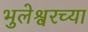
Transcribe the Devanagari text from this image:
भुलेश्वरच्या